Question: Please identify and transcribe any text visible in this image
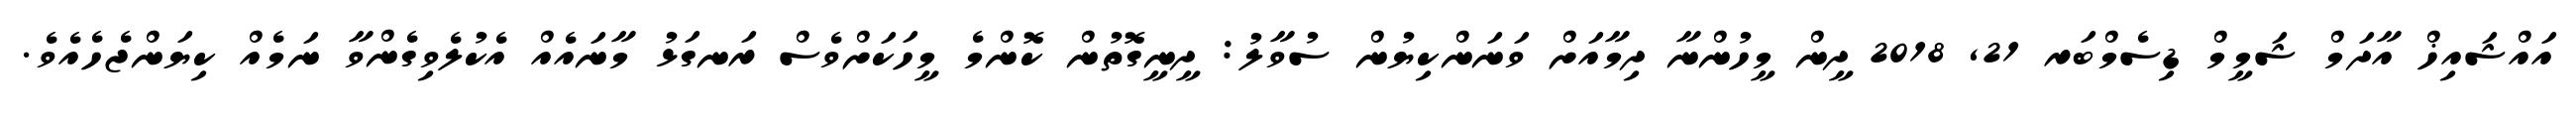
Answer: އައްޝައިޚް އާދަމް ޝަމީމް ޑިސެމްބަރ 21, 2018 ދީން މީހުންނާ ދިމާއަށް ވަނަންކިޔުން ސުވާލު: ދީނީގޮތުން ކޮންމެ މީހަކަށްވެސް ރަނގަޅު މާނައެއް އެކުލެވިގެންވާ ނަމެއް ކިޔަންޖެހެއެވެ.